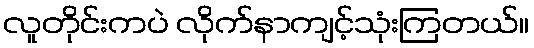
လူတိုင်းကပဲ လိုက်နာကျင့်သုံးကြတယ်။